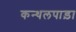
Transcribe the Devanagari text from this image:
कन्थलपाड़ा